Annual report on the health of the army in India
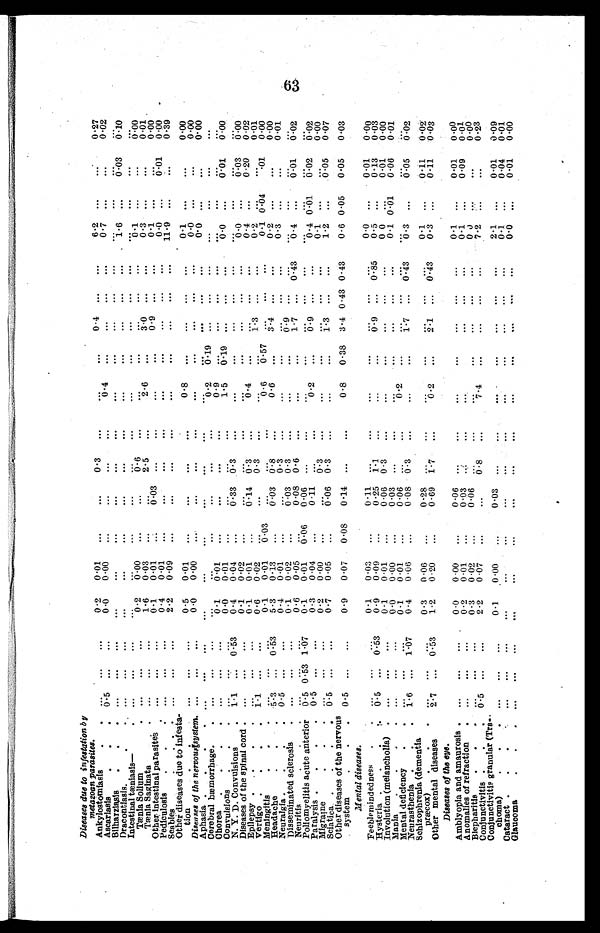
Diseases due to infestation b y
metazoan parasites.
Ankylostomiasis
. .
...
. . .
. . .
0.2
0.01
. . .
. . .
0.3 ...
. . .
. . .
0.4
. . .
. . .
6 . 2 . . .
. . .
0.27
Ascariasis
0.5
. . .
...
0.0
0.0
. . .
...
...
. . .
. . .
...
. . .
. . .
0 . 7 . . .
. . .
0.02
Bilharziasis
. . .
...
. . .
. . .
. . .
. . .
. . .
...
. . .
. . .
. . .
...
. . .
. . .
. . .
. . .
...
...
Dracontiasis.
. ...
. . .
. . .
. . .
. . .
. . .
. . .
...
. . .
. . .
. . .
...
. . .
. . .
1 . 6
. . .
0.03
0.10
Intestinal tæeniasis—. ...
. . .
. . .
. . .
...
. . .
. . .
...
...
. . .
. . .
...
. . .
. . .
...
. . .
. . .
...
Tænis Solium .
...
. . .
. . .
0.2
0.00
. . .
. . .
0.6
. . .
...
...
...
. . .
. . .
0.1
. . .
. . .
0.00
Tænia Saginata
. .
...
. . .
. . .
1.6
0.03
. . .
2.5
. . .
2.6
. . .
3.0
. . .
. . .
0.3
. . .
. . .
0.01
Other intestinal parasites
...
. . .
. . .
0.1
0.0l
. . .
0.03
...
. . .
. . .
. . .
0.9
. . .
. . .
0.1
. . .
...
0.00
Pediculos is
. . .
...
. . .
. . .
. . .
0.4
0.01
. . .
. . .
...
. . .
. . .
. . .
...
. . .
. . .
0.0
. . .
0.01
0.00
Scabies
. .
...
. . .
. . .
2.2
0.09
...
. . .
...
. . .
. . .
. . .
...
. . .
. . .
11.9
. . .
. . .
0.39
Other diseases due to infesta
¬tion
. .
...
. . .
. . .
0.5
0.01
. . .
. . .
...
. . .
0.8
. . .
...
. . .
. . .
0 . 1
. . .
. . .
0.00
Diseases of the nervous system. ...
. . .
. . .
0.0
0.00
. . .
. . .
...
. . .
. . .
. . .
...
. . .
. . .
0.0 . . .
. . .
0.00
Aphasia . . . .
...
. . .
...
. . .
. . .
. . .
. . .
...
.
...
0 . 0 . . .
. . .
0.00
Cerebral hæmorrhage.
. ...
. . .
. . .
. . .
...
. . .
...
...
. . .
0.2
0.19 ...
. . .
. . .
. . . . . .
. . .
. . .
Chorea
. .
...
. . .
...
0.1
0.01
...
. . .
...
. . .
0.9
. . .
...
. . .
. . .
. . . . . .
...
...
Convulsions
. . .
...
. . .
. . .
0.0
001
. . .
...
...
1.5
0.19
...
. . .
. . .
0 . 0 . . .
0.01
0.00
N. Y. D. Convulsions .
1.1
. . . 0.53
0.4
0.04
. . .
0.33 0.3
. . .
. . .
. . .
...
. . .
. . .
. . .
. .
...
...
Diseases of the spinal cord
...
. . .
. . .
0.1
0.02
. . .
...
...
. . .
. . .
. . .
...
. . .
. . .
0.0
. . .
0.03
0.00
Epilepsy . . . .
...
. . .
. . .
0.1
0.01
. . .
0.14 0.3
...
0.4
...
...
. . .
. . .
0.4
. . .
0.20
0.02
Vertigo . . . .
1.1
. . .
. . .
0.6
0.02
. . .
...
0.3
. . .
. . .
... 1.3
. . .
. . .
0.2
. . .
. . .
0.01
Meningitis
. . .
...
. . .
. . .
0.1
0.01
0.03
...
...
. . .
0.6
0.57
...
. . .
. . .
0.1
0 . 4 0.01
0.00
Headache
. . .
5.3
. . . 0.53
5.3
0.13
. . .
0.03 0.8
... 0.6
. . .
3.4
. . .
. . .
0.2
. . .
. . .
0.00
Neuralgia
. .
0.5
. . . ...
0.4
0.01
. . .
. . .
0.3
. . .
. . .
...
...
. . .
. . .
0.3
. . .
. . .
0.01
Disseminated sclerosis
...
. . .
. . .
0.1
0.02
. . .
0.03 0. 3
. . .
. . .
. . .
0.9
. . . . . .
...
. . .
. . .
. . .
Neuritis
...
. . .
...
0.6
0.05
. . .
0.08 0.6
. . .
. . .
...
1.7
0 . 4 3 0.4
. . .
0.01
0.02
Poliomyelitis acute anterior 0.5 0.53 1.07
0.1
0.01
0.06
0.06
...
...
. . .
. . .
...
. . .
. . .
. . . . . .
. . .
. . .
Paralysis . . . .
0.5
. . .
. . .
0.3
0.04
. . .
0.11
...
. . .
0.2
. . .
0.9
. . .
. . .
0 . 4
0 . 0 1
0.02
0.02
Migrame
. ...
. . .
. . .
0. 2
0.00
. . .
. . .
0.3
. . . ...
. . .
...
. . .
. . .
0 . 1 . . .
. . .
0.00
Sciatica . . . .
0.5
. . .
. . .
0.7
0.05
. . .
0.06 0.3
. . .
. . .
. . .
1.3
. . .
. . .
1 . 2 . . .
0.05 0.07
Other diseases of the nervous
system
0.5
. . .
...
0.9
0.07
0.08
0.14
...
. . .
0.8
0.38 3.4 0.43 0.43
0.6 0.05
0. 05
0.03
Mental diseases.
Feeblemindedness
. .
...
. . .
. . .
0.1
0.03
. . .
0.11
...
. . .
. . .
. . .
. . .
. . .
. . .
0.0 . . .
0.01
0.00
Hysteria . . . .
0.5
. . . 0.53
0.9
0.09
. . .
0.25 1.1
. . .
. . . 0.9
. . .
0 . 8 5
0 . 5 . . .
0.13
0.03
Involution (melancholia) . ...
. . .
. . .
0.1
0.01
. . .
0.06 0.3
. . .
. . .
. . .
...
. . .
. . .
0 . 0
. . .
0.01
0.00
Mania
. . . .
...
. . .
. . .
0 . 0
0.00
. . .
0.03
...
...
. . .
...
...
. . .
. . .
0.1
0 . 0 1
0.06
0.01
Mental deficiency
. .
...
. . .
. . .
0 . 1 0.01
. . .
0.06
...
. . .
0.2
. . .
...
. . .
. . .
...
. . .
...
...
Neurasthenia
. .
1.6
. . . 1.07
0.4
0.06
. . .
0.08 0.3
. . .
...
...
1.7
. . .
0 . 4 3 0.3
. . .
0.05
0.02
Schizophrenia (dementia
præcox)
. .
...
. . .
. . .
0.3
0.06
. . .
0.28
...
...
. . .
. . .
...
. . .
. . .
0 . 1 . . .
0.11
0.02
Other mental diseases
2.7
. . 0.53
1.2
0.20
. . .
0.69 1.7
. . .
0.2
. . .
2.1 ...
0 . 4 3
0 . 3 . . .
0.11
0.03
Diseases of t h e e y e .
Amblyopia and amaurosis
...
. . .
. . .
0.0
0.00
. . .
0.06
...
. . .
. . .
. . .
...
. . .
. . .
0.1 . . .
0.01
0.00
Anomalies of refraction
. ...
. . .
. . .
0.2
0.01
0.03
...
...
. . .
...
. . .
. . .
0 . 1 . . .
0.09
0.01
Blepharitis
. . .
...
. . .
. . .
0 . 3 0.02
. . .
0.06
...
. . .
. . .
. . .
...
. . .
. . .
0.0
. . .
. . .
0.00
Conjunctivitis . . .
0.5
. . .
. . .
2.2 0.07
. . .
. . .
0.8
. . .
7.4
. . .
...
. . .
. . .
7.2
. . .
. . .
0.23
Conjunctivitis granular (T ra
¬choma)
. . .
...
. . .
...
0.1
0.00
. . .
0.03
...
. . .
. . .
. . . .
...
...
. . .
2.1 . . .
0.01
0.09
Cataract . . . .
...
. . .
...
. . .
. . .
. . .
. . .
...
. . .
. . .
. . .
...
. . .
. . .
. . .
0.1
. . .
0.04
0.01
Glaucoma
. . .
...
. . .
...
. . .
. . .
. . .
. . .
. . .
. . .
. . .
. . .
...
. . .
. . .
0.0
. . .
0.01
0.00
63